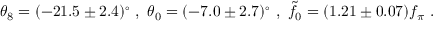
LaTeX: \theta _ { 8 } = ( - 2 1 . 5 \pm 2 . 4 ) ^ { \circ } \ , \ \theta _ { 0 } = ( - 7 . 0 \pm 2 . 7 ) ^ { \circ } \ , \ \tilde { f } _ { 0 } = ( 1 . 2 1 \pm 0 . 0 7 ) f _ { \pi } \ .